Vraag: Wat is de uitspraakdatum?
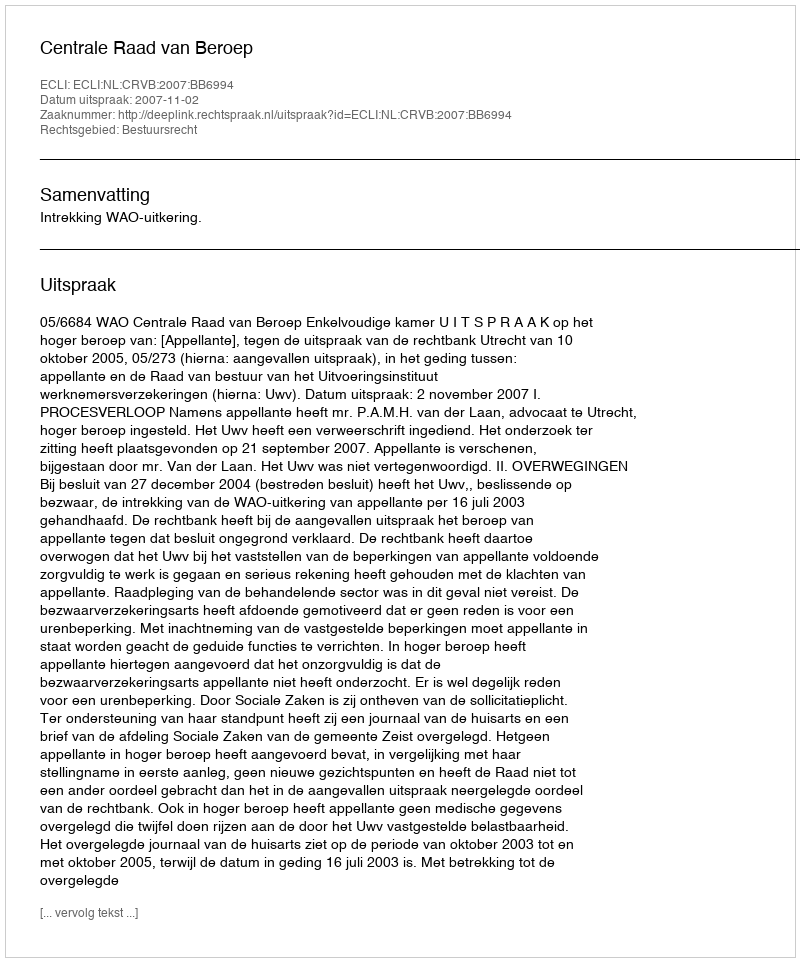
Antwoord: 2007-11-02